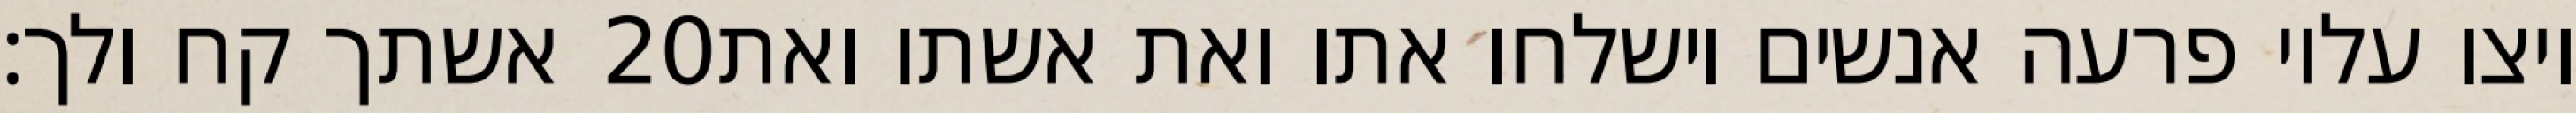
אשתך קח ולך׃ ‎20‏ ויצו עליו פרעה אנשים וישלחו אתו ואת אשתו ואת